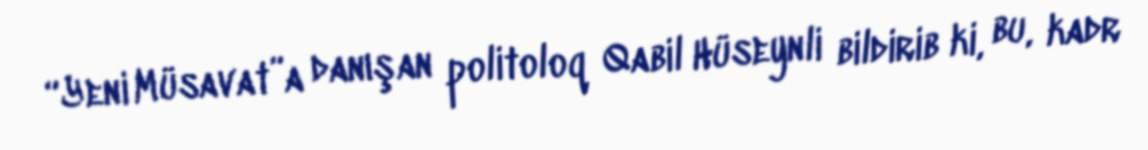
“Yeni Müsavat”a danışan politoloq Qabil Hüseynli bildirib ki, bu, kadr